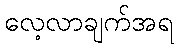
လေ့လာချက်အရ